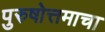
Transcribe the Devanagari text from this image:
पुरुषोत्तमाचा